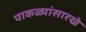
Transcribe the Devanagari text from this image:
पाकळ्यांसारखे